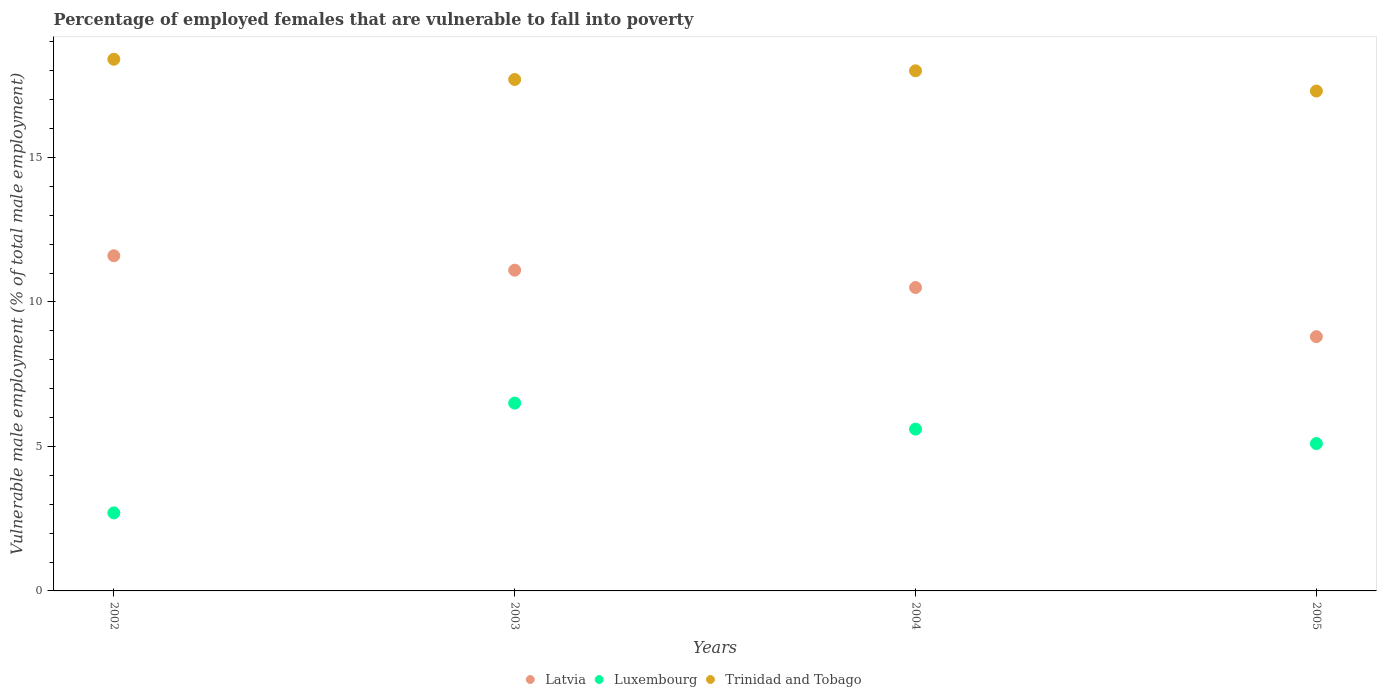
| Years | Latvia | Luxembourg | Trinidad and Tobago |
 | --- | --- | --- | --- |
 | 2002 | 11.6 | 2.7 | 18.4 |
 | 2003 | 11.1 | 6.5 | 17.7 |
 | 2004 | 10.5 | 5.6 | 18 |
 | 2005 | 8.8 | 5.1 | 17.3 |